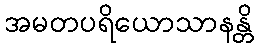
အမတပရိယောသာနန္တိ